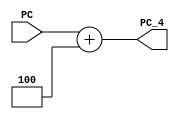
// PC + 4 Adder Module
module PC_4_Adder (
    output reg [31:0] PC_4,
    input [31:0] PC
    );
    always@ (PC) begin
        PC_4 = PC + 32'b00000000000000000000000000000100;   // + 4
    end
endmodule